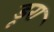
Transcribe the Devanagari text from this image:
डूरा